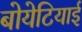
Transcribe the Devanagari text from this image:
बोयेटियाई